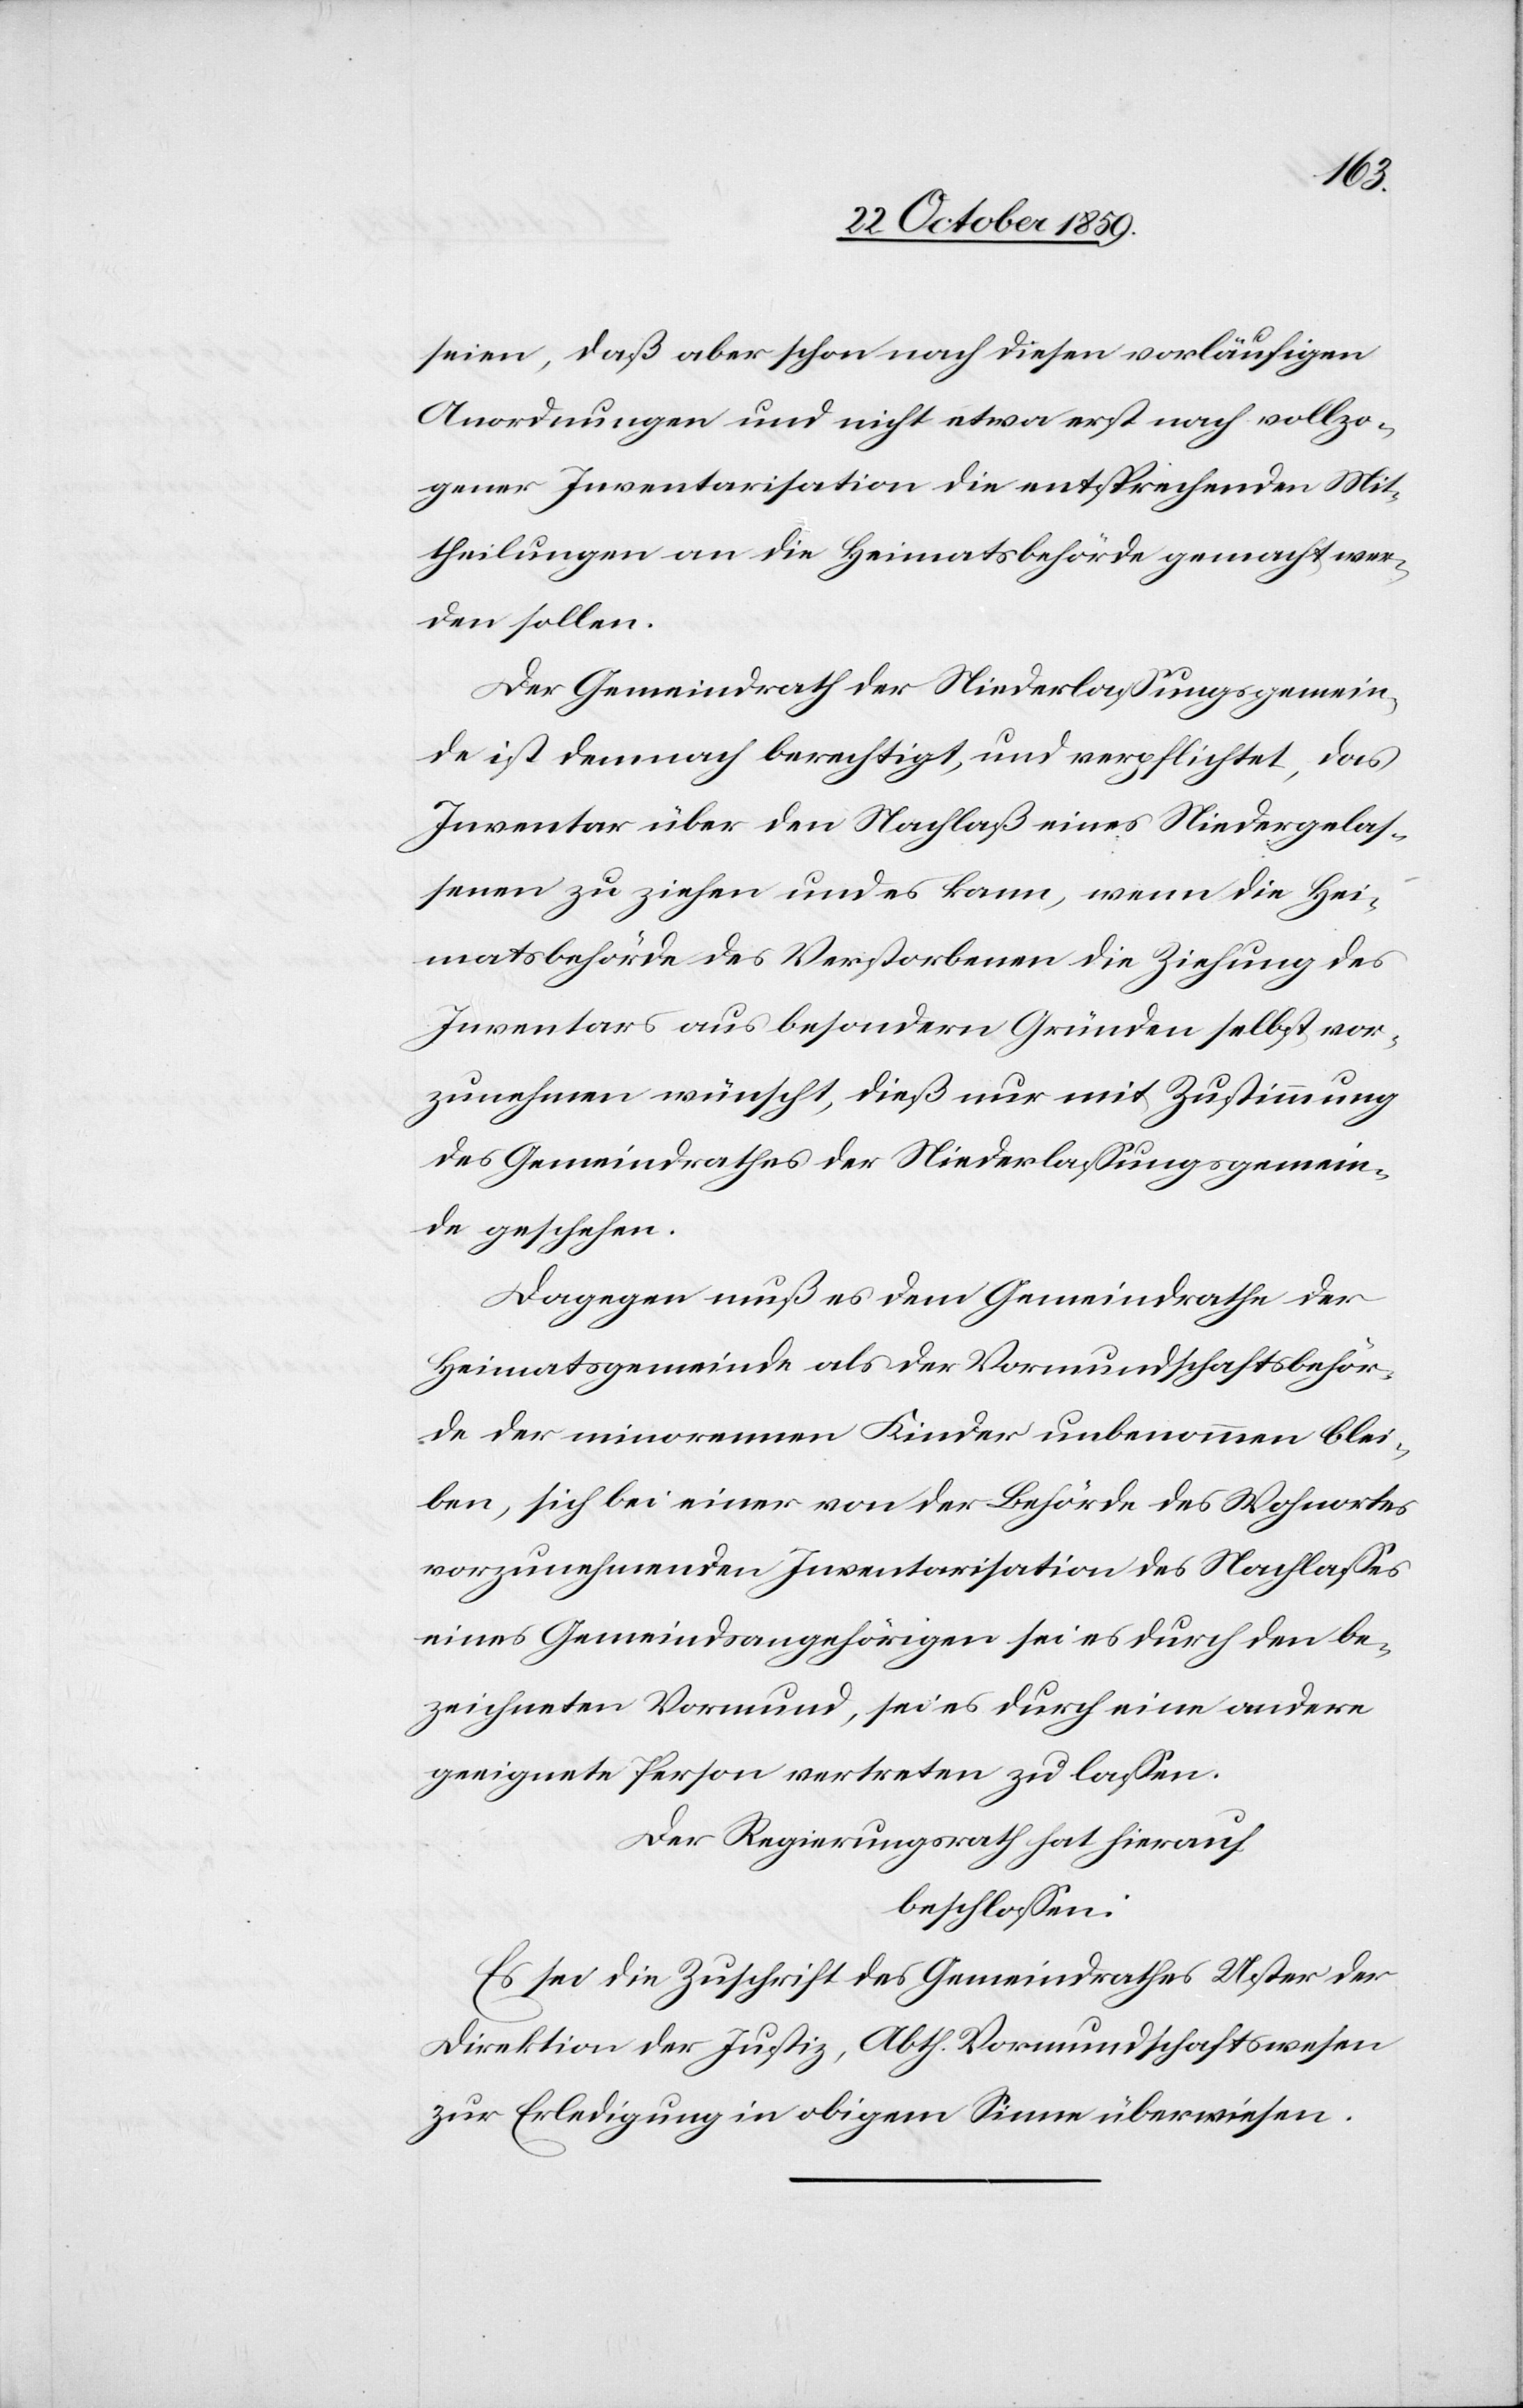
seien, daß aber schon nach diesen vorläufigen
Anordnungen und nicht etwa erst nach vollzo¬
gener Inventarisation die entsprechenden Mit¬
theilungen an die Heimatsbehörde gemacht wer¬
den sollen.
Der Gemeinderath der Niederlassungsgemein¬
de ist demnach berechtigt, und verpflichtet, das
Inventar über den Nachlaß eines Niedergelas¬
senen zu ziehen und es kann, wenn die Hei¬
matsbehörde des Verstorbenen die Ziehung des
Inventars aus besonderen Gründen selbst vor¬
zunehmen wünscht, dieß nur mit Zustimmung
des Gemeinderathes der Niederlassungsgemein¬
de geschehen.
Dagegen muß es dem Gemeinderath der
Heimatgemeinde als der Vormundschaftsbehör¬
de der minorennen Kinder unbenommen blei¬
ben, sich bei einer von der Behörde des Wohnortes
vorzunehmenden Inventarisation des Nachlasses
eines Gemeindsangehörigen sei es durch den be¬
zeichneten Vormund, sei es durch eine andere
geeignete Person vertreten zu lassen.
Der Regierungsrath hat hierauf
beschlossen:
Es sei die Zuschrift des Gemeinderathes Uster der
Direktion der Justiz, Abth. Vormundschaftswesen
zu Erledigung in obigem Sinne zu überweisen.